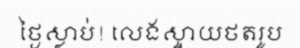
ថ្ងៃស្លាប់! លេងស្ទាយថតរូប